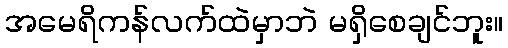
အမေရိကန်လက်ထဲမှာဘဲ မရှိစေချင်ဘူး။